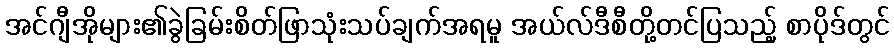
အင်ဂျီအိုများ၏ခွဲခြမ်းစိတ်ဖြာသုံးသပ်ချက်အရမူ အယ်လ်ဒီစီတို့တင်ပြသည့် စာပိုဒ်တွင်